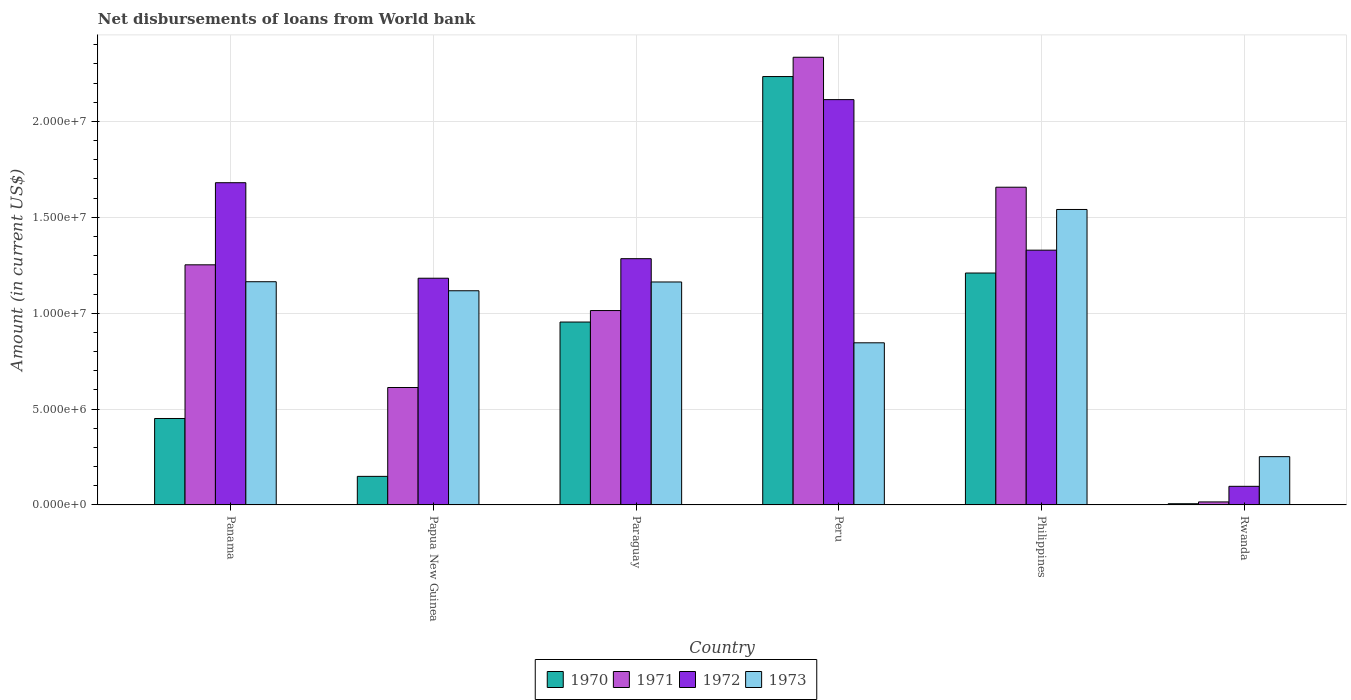
| Country | 1970 | 1971 | 1972 | 1973 |
 | --- | --- | --- | --- | --- |
 | Panama | 4.51e+06 | 1.25e+07 | 1.68e+07 | 1.16e+07 |
 | Papua New Guinea | 1.49e+06 | 6.12e+06 | 1.18e+07 | 1.12e+07 |
 | Paraguay | 9.54e+06 | 1.01e+07 | 1.28e+07 | 1.16e+07 |
 | Peru | 2.23e+07 | 2.33e+07 | 2.11e+07 | 8.46e+06 |
 | Philippines | 1.21e+07 | 1.66e+07 | 1.33e+07 | 1.54e+07 |
 | Rwanda | 6.3e+04 | 1.57e+05 | 9.71e+05 | 2.52e+06 |